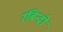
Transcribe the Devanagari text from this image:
रबिन्द्रो